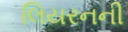
લિયરનની